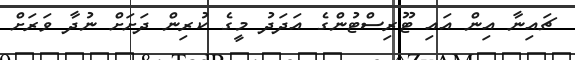
ޗައިނާ އިން އައި ޓޫރިސްޓުންގެ އަދަދު މީގެ ކުރިން ދަށަށް ނުދާ ވަރަށް